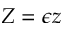
Z = \epsilon z